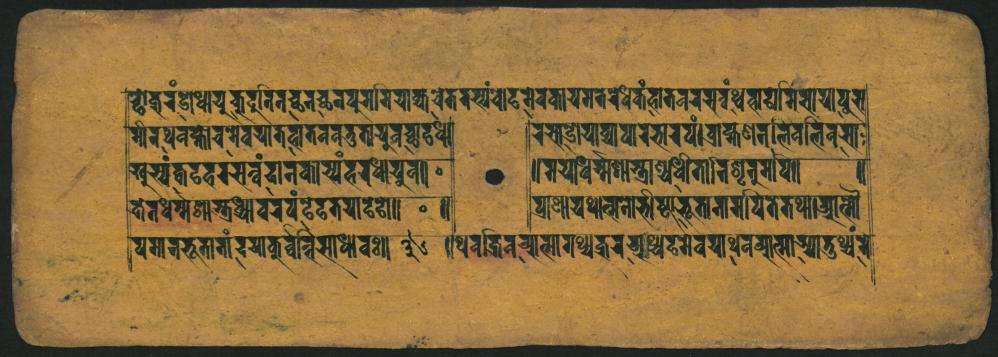
𑐕𑑀𑐎𑐬𑑄𑐡𑑂𑐬𑑀𑐢𑐵𑐫𑐸𑐎𑐸𑑂𑐸𑐟𑐶𑐣𑐔𑑂𑐕𑐣𑐔𑑂𑐕𑐬𑐥𑐸𑐬𑐩𑐵𑐩𑐶𑐫𑐵𑐎𑑂𑐫𑐔𑐾𑐟𑐟𑐳𑑂𑐫𑑄𑑂𑐔𑑀𑐡𑐩𑐾𑐰𑐎𑐵𑐫𑐩𑐬𑐬𑐾𑐢𑐶𑐎𑑄𑐴𑐵𑐟𑐰𑐬𑐳𑑂𑐟𑐸𑑄𑐢𑑂𑐰𑑂𑐵𑑂𑐫𑐵𑐩𑐶𑐔𑐵𑐫𑐵𑐥𑐸𑐨 𑑂𑐩𑐷𑐬𑐠𑐰𑐎𑑂𑐣𑑀𑐔𑐩𑐾𑐰𑐫𑐵𑐟𑐰𑐵𑐟𑐣𑐰𑐟𑐸𑐟𑐫𑐰𑐔𑑂𑐕𑐵𑐡𑐢𑐫𑐵 𑐀𑐸𑐳𑑂𑐰𑑄𑐎𑐺𑐚𑐰𑐬𑐳𑐣𑑂𑐰𑑄𑐡𑐵𑐣𑐎𑐵𑐬𑑂𑐫𑑄𑐴𑐢𑐵𑐫𑐸𑐧𑐵 𑐎𑐾𑐟𑐢𑐬𑑂𑐩𑑂𑐩𑐞𑐵𑐳𑑂𑐟𑐸𑐢𑑂𑐬𑐵𑐰𑐬𑐰𑑄𑐒𑐾𑐴𑐟𑐫𑐵𑐡𑐚𑐵𑑌 𑐥𑐩𑐣𑐨𑐹𑐟𑐵𑐟𑐵𑑄𑐡𑐫𑐵𑐎𑐸𑐬𑑂𑐰𑐣𑑂𑐔𑐶𑐳𑐵𑐢𑐵𑐰𑐢𑐵𑑓𑐸